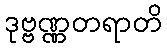
ဒုဗ္ဗဏ္ဏတရာတိ